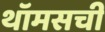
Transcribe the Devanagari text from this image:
थॉमसची